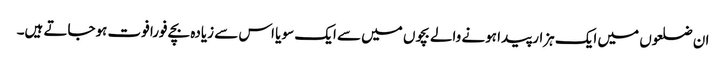
ان ضلعوں میں ایک ہزار پیدا ہونے والے بچوں میں سے ایک سو یا اس سے زیادہ بچے فورا فوت ہوجاتے ہیں۔